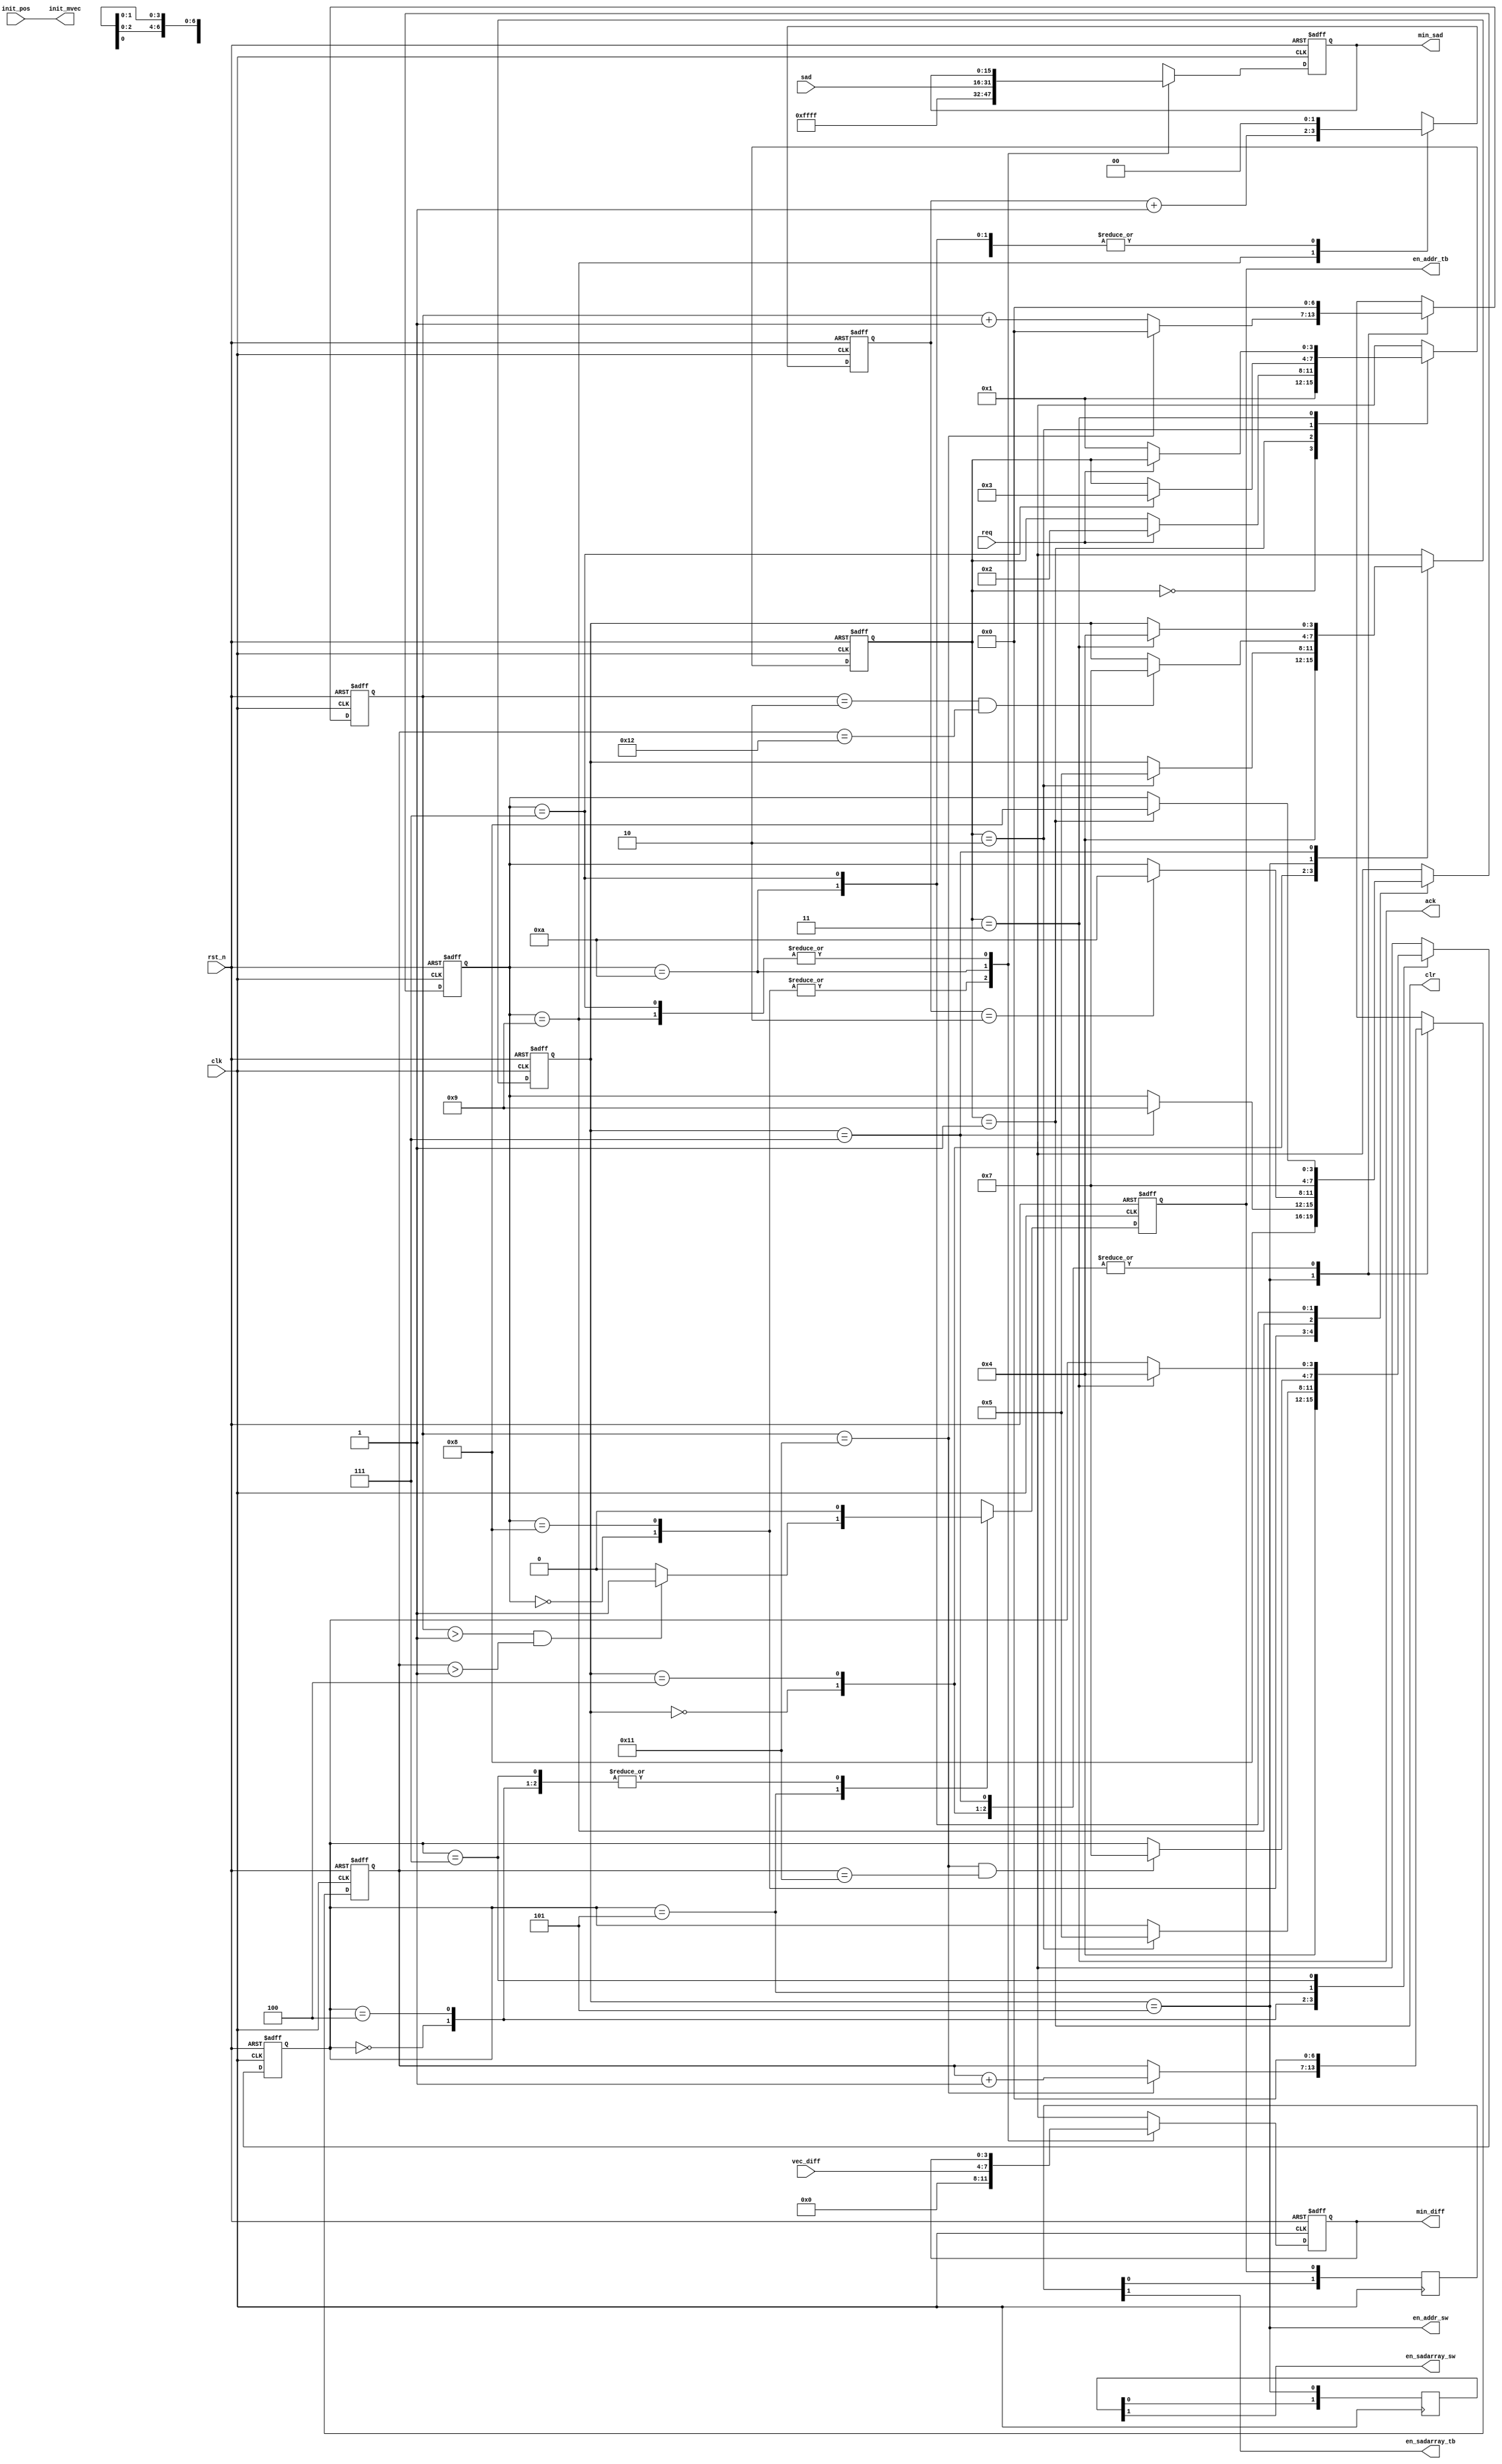
module control_integer
(
  input  wire        rst_n,
  input  wire        clk,
  input  wire        req,
  input  wire [15:0] sad,
  input  wire [3:0]  vec_diff,
  input  wire [11:0] init_pos,
  output wire        clr,
  output wire        en_addr_sw,
  output reg         en_addr_tb,
  output wire        en_sadarray_sw,
  output wire        en_sadarray_tb,
  output wire [11:0] init_mvec,
  output reg  [15:0] min_sad,
  output reg  [3:0]  min_diff,
  output wire        ack
);

localparam SW_LENGTH       = 18;
localparam TB_LENGTH       = 16;

localparam INIT            = 4'b0000;
localparam WAIT_REQ        = 4'b0001;
localparam RUNNING         = 4'b0010;
localparam WAIT_REQ_FALL   = 4'b0011;
localparam WAIT_RUN        = 4'b0100;
localparam ACTIVE          = 4'b0101;
localparam DISABLE         = 4'b0110;
localparam DONE            = 4'b0111;
localparam WAIT_SW_DONE    = 4'b1000;
localparam WAIT_DUMMY      = 4'b1001;
localparam UPDATE_MIN      = 4'b1010;

localparam MAX_SAD = 16'hFFFF;

reg [3:0] state_main;
assign ack        = (state_main==WAIT_REQ_FALL);
assign clr        = (state_main==WAIT_REQ);
assign en_addr_sw = (state_addr_sw==ACTIVE);
wire   done       = (state_done==DONE);
assign init_mvec  = init_pos;

// FSM main
always @(posedge clk or negedge rst_n) begin
  if(~rst_n) begin
    state_main <= INIT;
  end else begin
    case(state_main)
      INIT          :          state_main <= #1 WAIT_REQ;
      WAIT_REQ      : if( req) state_main <= #1 RUNNING;
      RUNNING       : if(done) state_main <= #1 WAIT_REQ_FALL;
      WAIT_REQ_FALL : if(~req) state_main <= #1 WAIT_REQ;
      default       :          state_main <= #1 'dx;
    endcase
  end
end

// addr_sw
reg [3:0] state_addr_sw;
always @(posedge clk or negedge rst_n) begin
  if (~rst_n) begin
    state_addr_sw <= INIT;
  end else begin
    case(state_addr_sw)
      INIT: begin
        state_addr_sw <= #1 WAIT_RUN;
      end
      WAIT_RUN: begin
        if(state_main==RUNNING)
          state_addr_sw <= #1 ACTIVE;
      end
      ACTIVE: begin
        if((cnt_h==2) && (cnt_w==SW_LENGTH))
          state_addr_sw <= #1 DONE;
      end
      DONE: begin
        if(state_main==WAIT_REQ_FALL)
          state_addr_sw <= #1 WAIT_RUN;
      end
      default: begin
        state_addr_sw <= 'dx;
      end
    endcase
  end
end

// addr_tb
reg [3:0] state_addr_tb;
reg tb_addr_dly;
reg tb_addr_dly2;
always @(posedge clk or negedge rst_n) begin
  if (~rst_n) begin
    state_addr_tb <= INIT;
    en_addr_tb    <= 0;
  end else begin
    case(state_addr_tb)
      INIT: begin
        state_addr_tb <= #1 WAIT_RUN;
        en_addr_tb    <= #1 0;
      end
      WAIT_RUN: begin
        if(state_main==RUNNING)
          state_addr_tb <= #1 ACTIVE;
        en_addr_tb <= #1 0;
      end
      ACTIVE: begin
        if(cnt_h==(SW_LENGTH-1) && (cnt_w==(SW_LENGTH-1)))
          state_addr_tb <= #1 DONE;
        if((cnt_h > 1) && (cnt_w > 1))
          en_addr_tb <= #1 1;
        else
          en_addr_tb <= #1 0;
      end
      DONE: begin
        if(state_main==WAIT_REQ_FALL)
          state_addr_tb <= WAIT_RUN;
        en_addr_tb <= #1 0;
      end
      default : begin
        state_addr_tb <= 'dx;
        en_addr_tb    <= 'dx;
      end
    endcase
  end
end

// cnt_h, cnt_w
reg [6:0] cnt_h;
reg [6:0] cnt_w;
always @(posedge clk or negedge rst_n) begin
  if (~rst_n) begin
    cnt_h <= 0;
    cnt_w <= 0;
  end else begin
    case (state_addr_sw)
      INIT: begin
        cnt_h <= #1 0;
        cnt_w <= #1 0;
      end
      WAIT_RUN: begin
        cnt_h <= #1 0;
        cnt_w <= #1 0;
      end
      ACTIVE: begin
        if(cnt_h==(SW_LENGTH-1)) begin
          cnt_h <= 0;
          cnt_w <= #1 cnt_w + 1;
        end else begin
          cnt_h <= #1 cnt_h + 1;
        end
      end
      DONE: begin
        cnt_h <= #1 0;
        cnt_w <= #1 0;
      end
      default : begin
        cnt_h <= 'dx;
        cnt_w <= 'dx;
      end
    endcase
  end
end

localparam N_sw=2;
localparam N_tb=2;
reg [N_sw-1:0] sw_dly;
reg [N_tb-1:0] tb_dly;
assign en_sadarray_sw = sw_dly[N_sw-1];
assign en_sadarray_tb = tb_dly[N_tb-1];

always @(posedge clk) begin
  sw_dly <= #1 {sw_dly[N_sw-2:0], en_addr_sw};
  tb_dly <= #1 {tb_dly[N_tb-2:0], en_addr_tb};
end

// min_sad, min_diff
reg [3:0] state_done;
reg [1:0] cnt_done;
always @(posedge clk or negedge rst_n) begin
  if(~rst_n) begin
    state_done <= INIT;
    cnt_done   <= 0;
    min_sad    <= MAX_SAD;
    min_diff   <= 4'b0000;
  end else begin
    case (state_done)
      INIT: begin
        state_done <= #1 WAIT_SW_DONE;
        cnt_done   <= #1 0;
        min_sad    <= #1 MAX_SAD;
        min_diff   <= #1 4'b0000;
      end
      WAIT_SW_DONE: begin
        if(state_addr_sw==DONE)
          state_done <= #1 WAIT_DUMMY;
        cnt_done   <= #1 0;
        min_sad    <= #1 MAX_SAD;
        min_diff   <= #1 4'b0000;
      end
      WAIT_DUMMY: begin
        if(cnt_done==2'd2)
          state_done <= #1 UPDATE_MIN;
        cnt_done <= #1 cnt_done + 1;
      end
      UPDATE_MIN: begin
        state_done <= #1 DONE;
        cnt_done   <= #1 0;
        min_sad    <= #1 sad;
        min_diff   <= #1 vec_diff;
      end
      DONE: begin
        if(state_main==WAIT_REQ)
          state_done <= #1 WAIT_SW_DONE;
        cnt_done   <= #1 0;
      end
      default: begin
        state_done <= 'dx;
        cnt_done   <= 'dx;
        min_sad    <= 'dx;
        min_diff   <= 'dx;
      end
    endcase
  end
end

endmodule